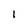
Character: 1